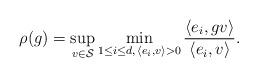
LaTeX: \begin{align*}\rho(g) = \sup_{ v \in \mathcal{S} } \min_{ 1 \leq i \leq d, \, \langle e_i, v \rangle > 0 } \frac{ \langle e_i, gv \rangle }{ \langle e_i, v \rangle}. \end{align*}